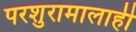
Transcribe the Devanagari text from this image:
परशुरामालाही